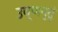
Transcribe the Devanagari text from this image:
उष्णनृतुं